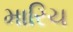
મારિચ